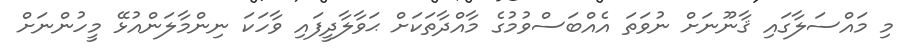
މި މައްސަލާގައި ޤާނޫނަށް ނުވަތަ އެއްބަސްވުމުގެ މާއްދާތަކަށް ޙަވާލާދީފައި ވާހަކަ ނިންމާލަންއުޅޭ މީހުންނަށް